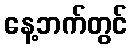
နေ့ဘက်တွင်